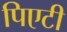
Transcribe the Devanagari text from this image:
पिएटी